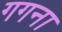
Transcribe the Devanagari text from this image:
गगना